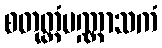
စတုတ္ထံပဏ္ဏာသကံ